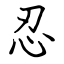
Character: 忍